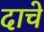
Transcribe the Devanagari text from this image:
दाचे